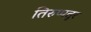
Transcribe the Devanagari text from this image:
तिरुप्पतुर